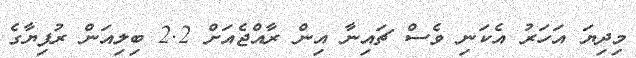
މިދިޔަ އަހަރު އެކަނި ވެސް ޗައިނާ އިން ރާއްޖެއަށް 2.2 ބިލިއަން ރުފިޔާގެ